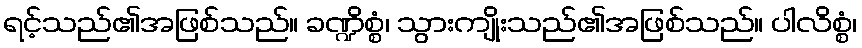
ရင့်သည်၏အဖြစ်သည်။ ခဏ္ဍိစ္စံ၊ သွားကျိုးသည်၏အဖြစ်သည်။ ပါလိစ္စံ၊